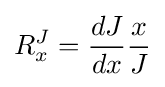
R_{x}^{J}={\frac {dJ}{dx}}{\frac {x}{J}}